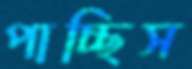
পাচ্ছিস